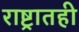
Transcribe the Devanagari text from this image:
राष्ट्रातही